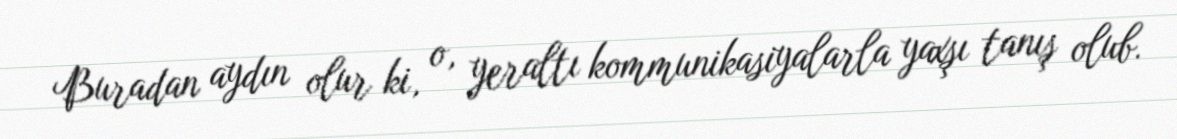
Buradan aydın olur ki, o, yeraltı kommunikasiyalarla yaxşı tanış olub.